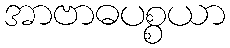
အာဗာဓပစ္စယာ